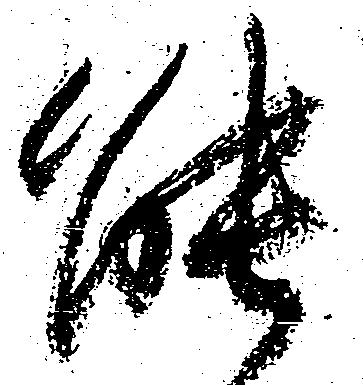
能